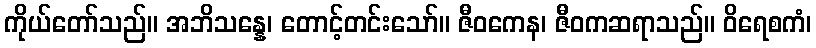
ကိုယ်တော်သည်။ အဘိသန္နေ၊ တောင့်တင်းသော်။ ဇီဝကေန၊ ဇီဝကဆရာသည်။ ဝိရေစကံ၊